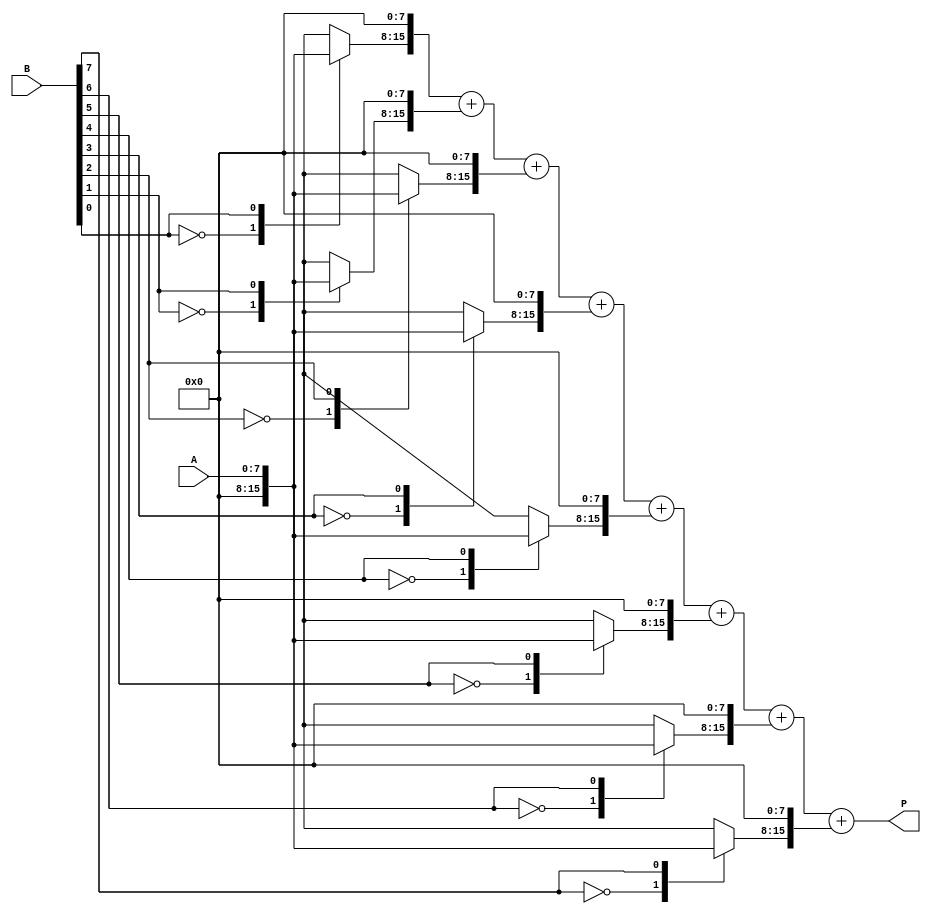
module booth_multiplier #(
    parameter WIDTH = 8 // Bit width of inputs
)(
    input  signed [WIDTH-1:0] A, // Multiplicand
    input  signed [WIDTH-1:0] B, // Multiplier
    output signed [2*WIDTH-1:0] P // Product
);

    wire [WIDTH-1:0] pp [0:WIDTH]; // Partial products
    wire [2*WIDTH-1:0] sum [0:WIDTH]; // Intermediate sums

    // Booth Encoding for Partial Product Generation
    reg [1:0] prev_bit;
    integer i;

    always @(*) begin
        prev_bit = 2'b00; // Initialize previous bit
        for (i = 0; i < WIDTH; i = i + 1) begin
            case ({prev_bit[0], B[i]})
                2'b00: pp[i] = 0; // 0
                2'b01: pp[i] = A; // A
                2'b10: pp[i] = -A; // -A
                2'b11: pp[i] = A << 1; // 2A
            endcase
            prev_bit = {B[i], prev_bit[0]}; // Update previous bit
        end
    end

    // Initialize sum[0] with the first partial product
    assign sum[0] = {pp[0], {WIDTH{1'b0}}}; // Extend to 2*WIDTH bits

    // Wallace Tree Reduction
    generate
        genvar j;
        for (j = 1; j < WIDTH; j = j + 1) begin : reduction
            assign sum[j] = sum[j-1] + {pp[j], {WIDTH{1'b0}}}; // Add partial product to previous sum
        end
    endgenerate

    // Final output is the last sum
    assign P = sum[WIDTH-1];

endmodule